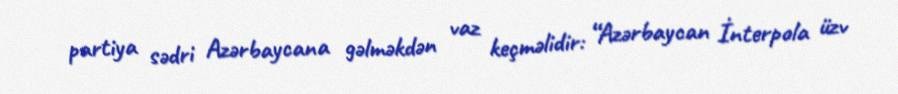
partiya sədri Azərbaycana gəlməkdən vaz keçməlidir: “Azərbaycan İnterpola üzv